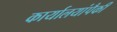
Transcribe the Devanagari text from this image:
कार्यालयांपैकी